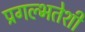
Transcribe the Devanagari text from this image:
प्रगल्भतेशी